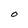
Character: O